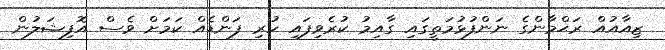
ޒިއާއުއް ރަޙްމާންގެ ނަންފުޅުމަތީގައި ގާއިމު ކުރެވިފައި ހުރި ފަންޑެއް ކަމަށް ވެސް އޮފިޝަލުން